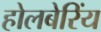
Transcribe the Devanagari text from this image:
होलबेरिंय